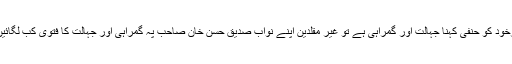
اب اگرخود کو حنفی کہنا جہالت اور گمراہی ہے تو غیر مقلدین اپنے نواب صدیق حسن خان صاحب پہ گمراہی اور جہالت کا فتوی کب لگائیں گے؟